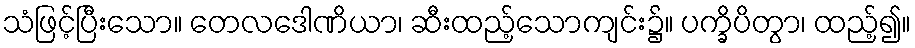
သံဖြင့်ပြီးသော။ တေလဒေါဏိယာ၊ ဆီးထည့်သောကျင်း၌။ ပက္ခိပိတွာ၊ ထည့်၍။